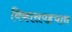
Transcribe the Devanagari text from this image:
विकासपहचान